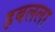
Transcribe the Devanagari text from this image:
हबलला